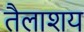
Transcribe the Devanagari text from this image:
तैलाशय